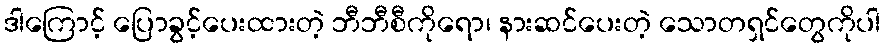
ဒါကြောင့် ပြောခွင့်ပေးထားတဲ့ ဘီဘီစီကိုရော၊ နားဆင်ပေးတဲ့ သောတရှင်တွေကိုပါ